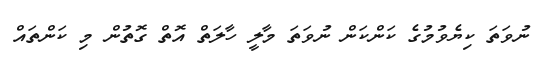
ނުވަތަ ކިޔެވުމުގެ ކަންކަން ނުވަތަ މާލީ ހާލަތް އޮތް ގޮތުން މި ކަންތައް